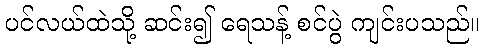
ပင်လယ်ထဲသို့ ဆင်း၍ ရေသန့် စင်ပွဲ ကျင်းပသည်။